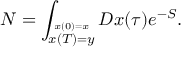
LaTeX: { \cal N } = \int _ { \stackrel { x ( 0 ) = x } { x ( T ) = y } } { \cal D } x ( \tau ) e ^ { - S } .